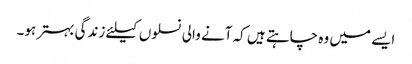
ایسے میں وہ چاہتے ہیں کہ آنے والی نسلوں کیلئے زندگی بہتر ہو۔